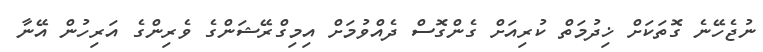
ނުޖެހޭނެ ގޮތަކަށް ޚިދުމަތް ކުރިއަށް ގެންގޮސް ދެއްވުމަށް އިމިގްރޭޝަންގެ ވެރިންގެ އަރިހުން އޭނާ